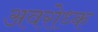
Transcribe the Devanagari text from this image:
अवरोध्क